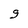
Character: g